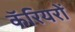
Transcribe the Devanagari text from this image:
कॅरियरों